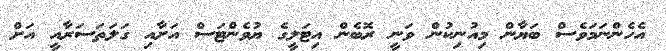
އެހެންނަމަވެސް ބަޔާން މިއުނިކުން ވަނީ ރޮބެން އިޓަލީގެ ޔުވެންޓަސް އަށާއި ގަލަތަސަރާއީ އަށް